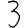
Digit: 3